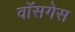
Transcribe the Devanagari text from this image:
वॉसगेस